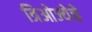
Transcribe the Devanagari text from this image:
त्रिओज्येचे